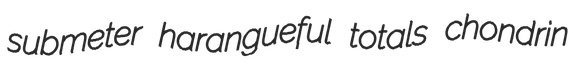
submeter harangueful totals chondrin